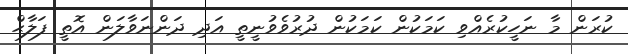
ކުރަން މާ ނަހީކުރެއްވި ކަމަކުން ކަމަކުން ދުރުވެވުނީތީ އަދި ދަންނަވާލަން އޮތީ ފަލާޙް